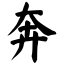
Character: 奔